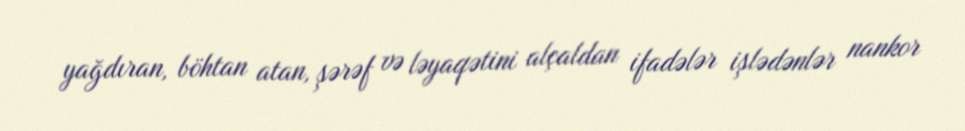
yağdıran, böhtan atan, şərəf və ləyaqətini alçaldan ifadələr işlədənlər nankor